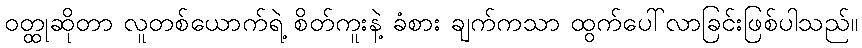
ဝတ္ထုဆိုတာ လူတစ်ယောက်ရဲ့ စိတ်ကူးနဲ့ ခံစား ချက်ကသာ ထွက်ပေါ်လာခြင်းဖြစ်ပါသည်။